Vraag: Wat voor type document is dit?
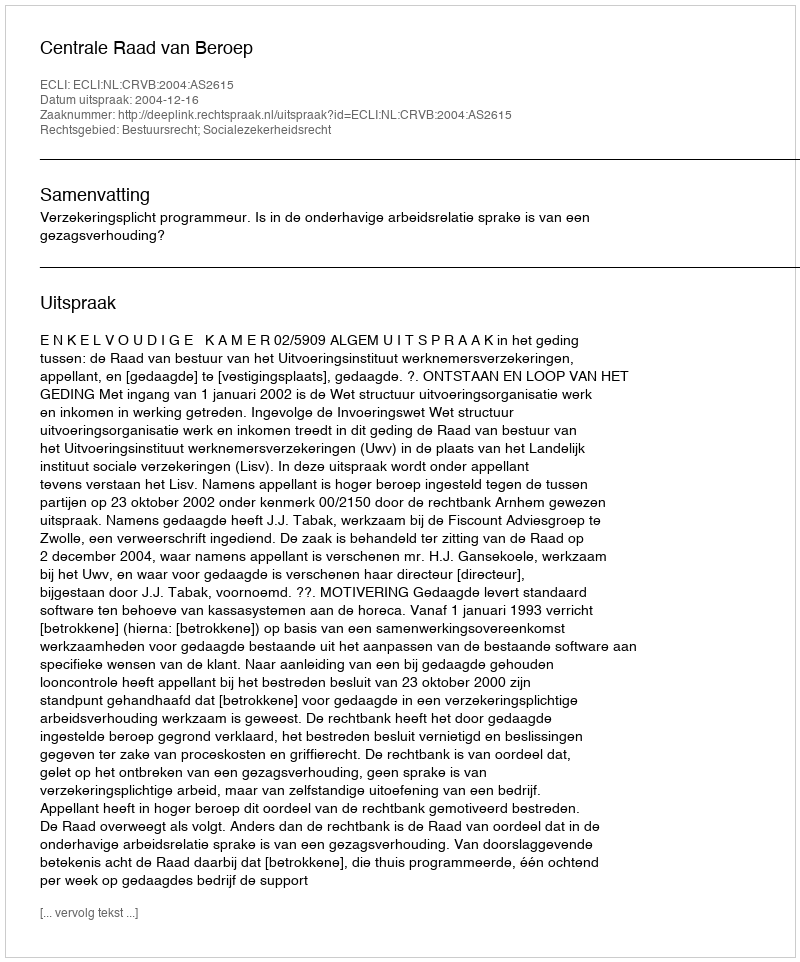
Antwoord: Uitspraak